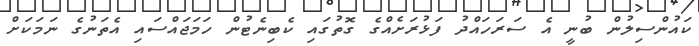
ކައުންސިލުން ބުނީ އެ ސަރަހައްދު ފަޅުރަށެއްގެ ގޮތުގައި ކެބިނެޓުން ހަމަޖައްސައި އެތަނުގެ ނަމަކަށް